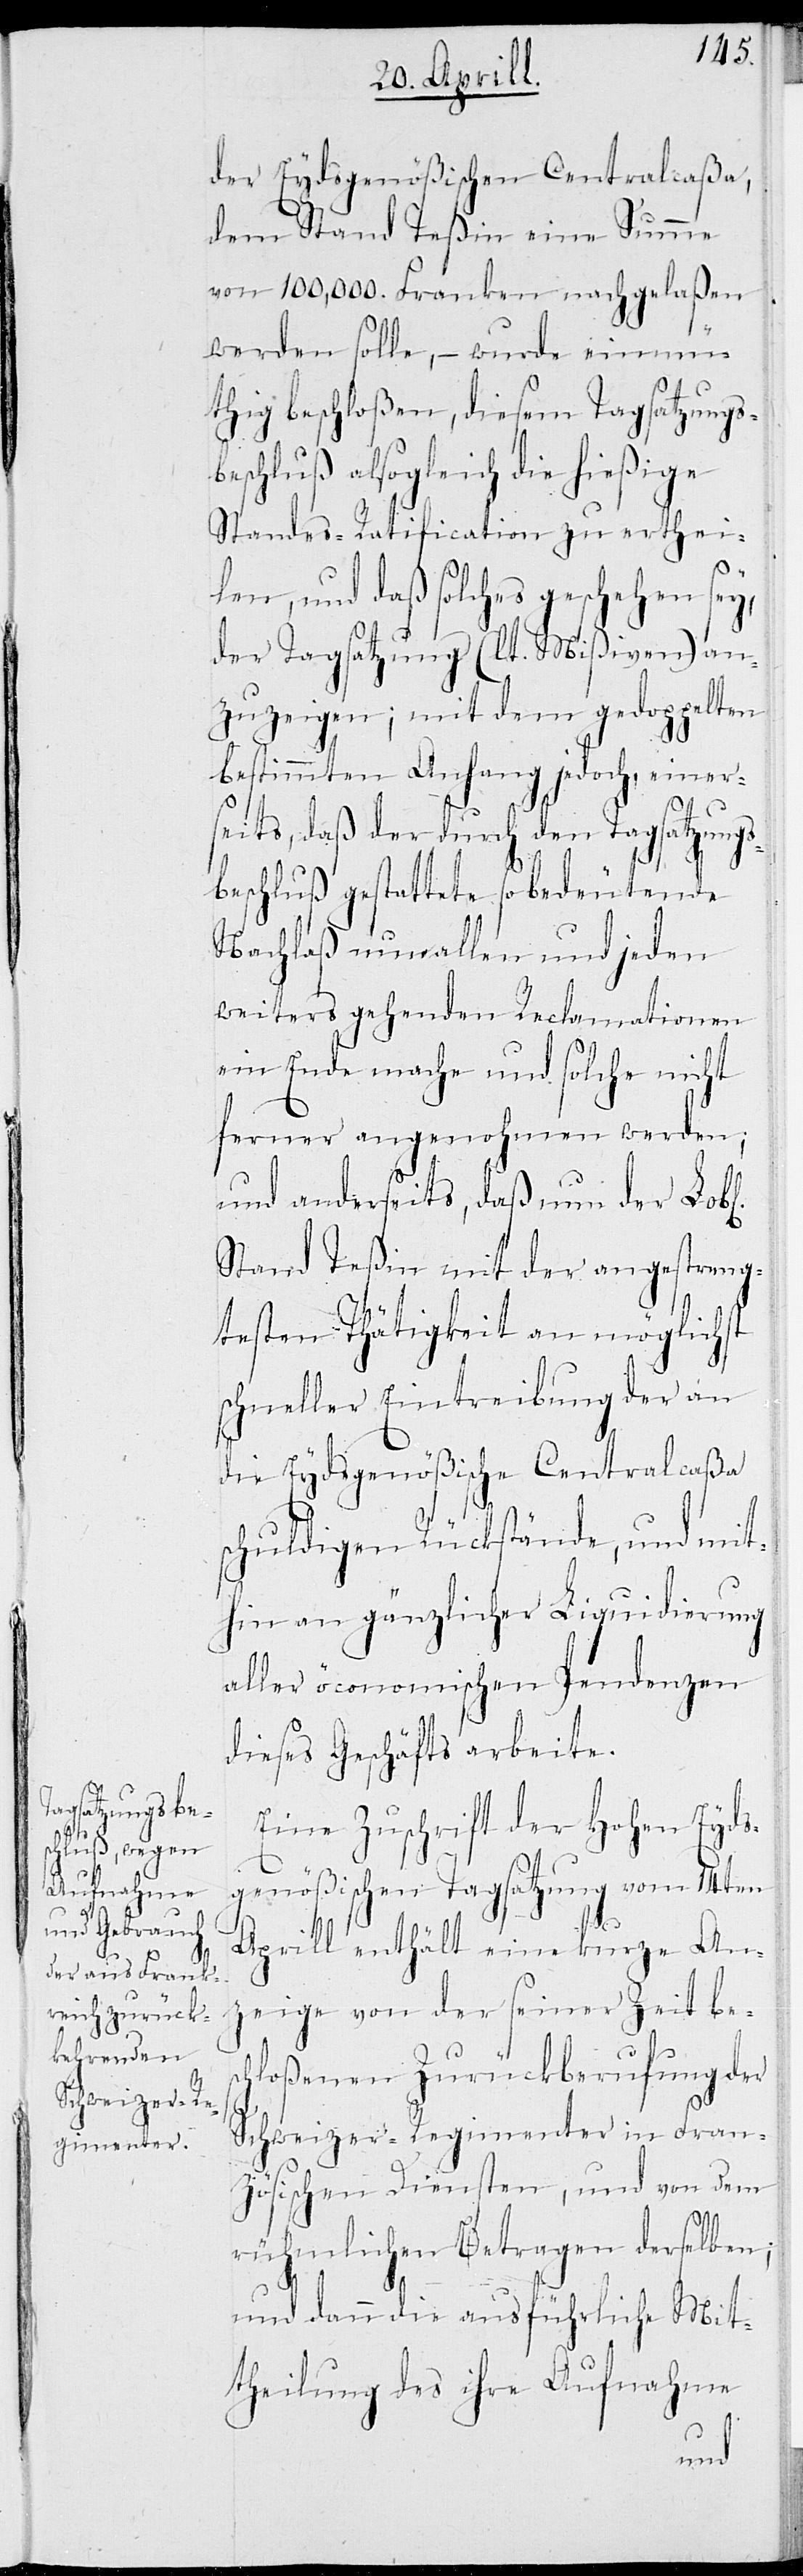
der Eydsgenößischen Centralcaßa,
dem Stand Teßin eine Summe
von 100,000. Franken nachgelaßen
werden solle, – wurde einmü¬
thig beschloßen, diesem Tagsatzungs¬
beschluß alsogleich die hießige
Standes-Ratification zu erthei¬
len, und daß solches geschehen sey,
der Tagsatzung (lt. Mißiven) an¬
zuzeigen; mit dem gedoppelten
bestimmten Anhang jedoch, einer¬
seits, daß der durch den Tagsatzungs¬
beschluß gestattete so bedeutende
Nachlaß nun allen und jeden
weiters gehenden Reclamationen
ein Ende mache und solche nicht
ferner angenohmen werden;
und anderseits, daß nun der Lobl.
Stand Teßin mit der angestreng¬
testen Thätigkeit an möglichst
schneller Eintreibung der an
die Eydsgenößische Centralcaßa
schuldigen Rückstände, und mit¬
hin an gänzlicher Liquidierung
aller öconomischen Pendenzen
dieses Geschäfts arbeite.
Eine Zuschrift der Hohen Eyds¬
genößischen Tagsatzung vom 14ten
Aprill enthält eine kurze An¬
zeige von der seiner Zeit bes¬
chloßenen Zurückberufung der
Schweizer-Regimenter in Fran¬
zösischen Diensten, und von dem
rühmlichen Betragen derselben;
und dann die ausführliche Mit¬
theilung des ihre Aufnahme